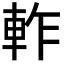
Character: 𨋘